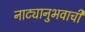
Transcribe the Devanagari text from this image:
नाट्यानुभवाची